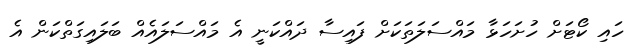
ހައި ކޯޓަށް ހުށަހަޅާ މައްސަލަތަކަށް ފައިސާ ދައްކަނީ އެ މައްސަލައެއް ބަލައިގަތްކަން އެ